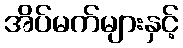
အိပ်မက်များနှင့်